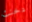
دخنت